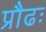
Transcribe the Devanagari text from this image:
प्रौढः